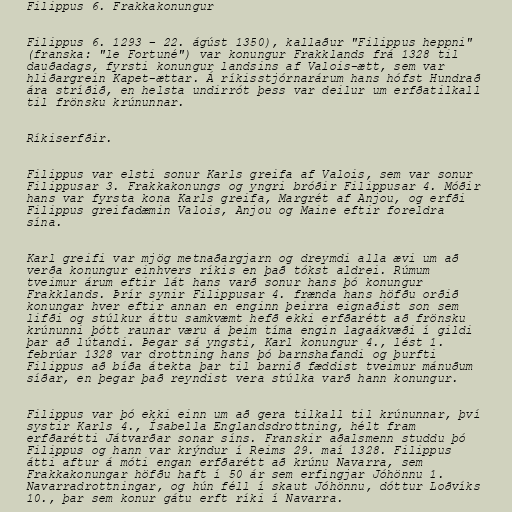
Filippus 6. Frakkakonungur

Filippus 6. 1293 – 22. ágúst 1350), kallaður "Filippus heppni"
(franska: "le Fortuné") var konungur Frakklands frá 1328 til
dauðadags, fyrsti konungur landsins af Valois-ætt, sem var
hliðargrein Kapet-ættar. Á ríkisstjórnarárum hans hófst Hundrað
ára stríðið, en helsta undirrót þess var deilur um erfðatilkall
til frönsku krúnunnar.

Ríkiserfðir.

Filippus var elsti sonur Karls greifa af Valois, sem var sonur
Filippusar 3. Frakkakonungs og yngri bróðir Filippusar 4. Móðir
hans var fyrsta kona Karls greifa, Margrét af Anjou, og erfði
Filippus greifadæmin Valois, Anjou og Maine eftir foreldra
sína.

Karl greifi var mjög metnaðargjarn og dreymdi alla ævi um að
verða konungur einhvers ríkis en það tókst aldrei. Rúmum
tveimur árum eftir lát hans varð sonur hans þó konungur
Frakklands. Þrír synir Filippusar 4. frænda hans höfðu orðið
konungar hver eftir annan en enginn þeirra eignaðist son sem
lifði og stúlkur áttu samkvæmt hefð ekki erfðarétt að frönsku
krúnunni þótt raunar væru á þeim tíma engin lagaákvæði í gildi
þar að lútandi. Þegar sá yngsti, Karl konungur 4., lést 1.
febrúar 1328 var drottning hans þó barnshafandi og þurfti
Filippus að bíða átekta þar til barnið fæddist tveimur mánuðum
síðar, en þegar það reyndist vera stúlka varð hann konungur.

Filippus var þó ekki einn um að gera tilkall til krúnunnar, því
systir Karls 4., Ísabella Englandsdrottning, hélt fram
erfðarétti Játvarðar sonar síns. Franskir aðalsmenn studdu þó
Filippus og hann var krýndur í Reims 29. maí 1328. Filippus
átti aftur á móti engan erfðarétt að krúnu Navarra, sem
Frakkakonungar höfðu haft í 50 ár sem erfingjar Jóhönnu 1.
Navarradrottningar, og hún féll í skaut Jóhönnu, dóttur Loðvíks
10., þar sem konur gátu erft ríki í Navarra.